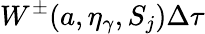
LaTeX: W^{\pm}(a,\eta_{\gamma},S_{j})\Delta\tau